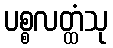
ပစ္စလတ္ထံသု